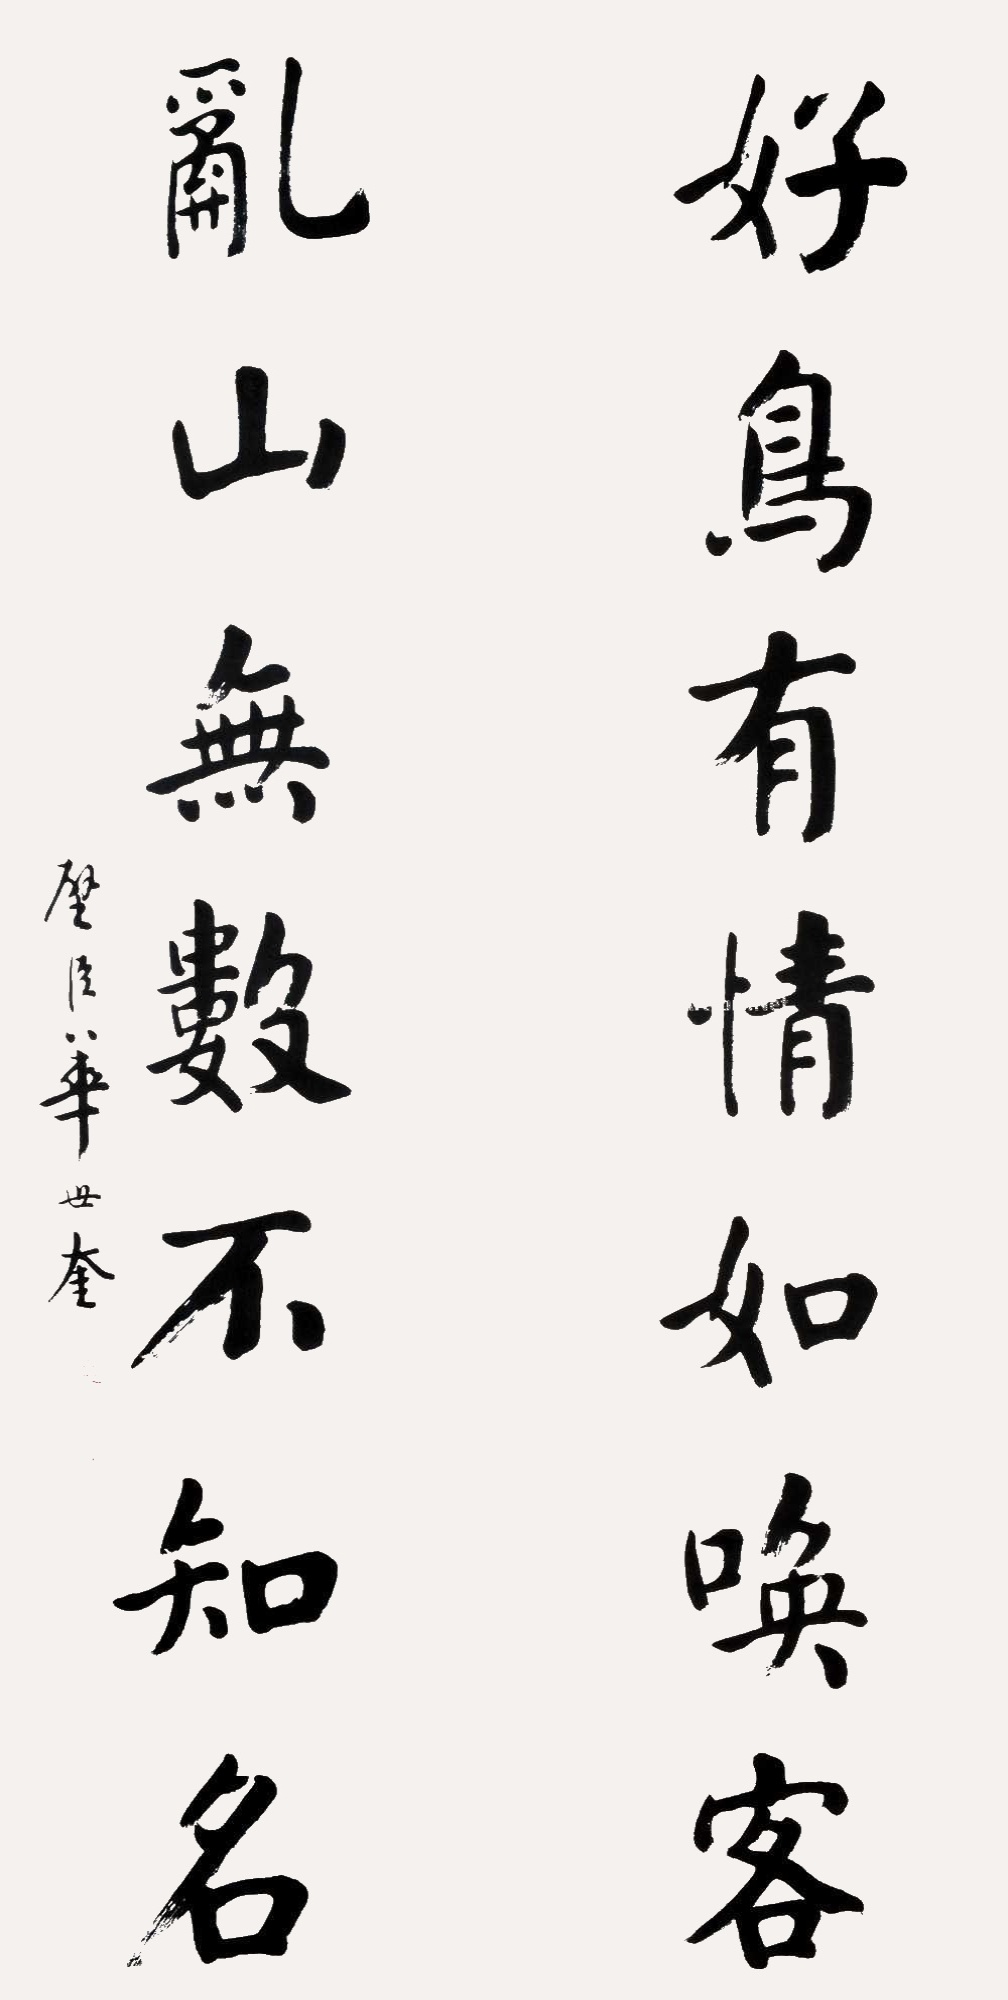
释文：好鸟有情如唤客，乱山无数不知名。壁臣华世奎。